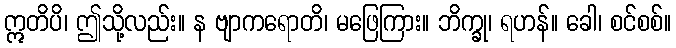
ဣတိပိ၊ ဤသို့လည်း။ န ဗျာကရောတိ၊ မဖြေကြား။ ဘိက္ခု၊ ရဟန်။ ခေါ၊ စင်စစ်။